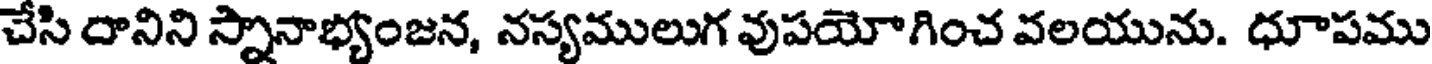
చేసి దానిని స్నానాభ్యంజన, నస్యములుగ వుపయోగించ వలయును. ధూపము